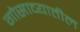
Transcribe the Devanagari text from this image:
गोसाव्यातील